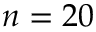
n = 2 0